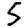
Digit: 5